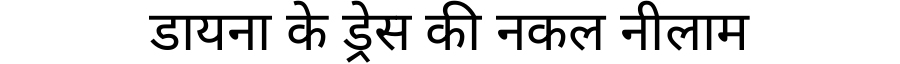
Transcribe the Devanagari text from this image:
डायना के ड्रेस की नकल नीलाम